Development of the Leishman-Donovan parasite in Cimex rotundatus - Number 31
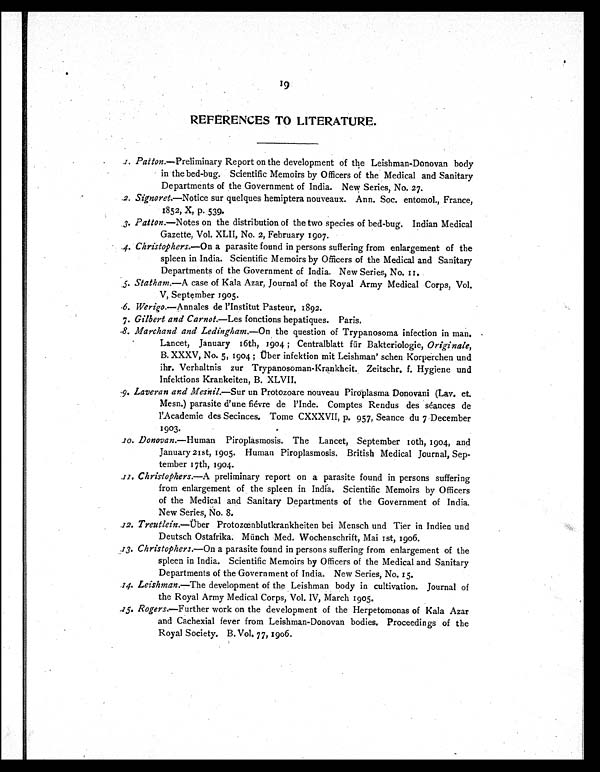
REFERENCES TO LITERATURE.
1 .
P a t t o n . — P r e l i m i n a r y R e p o r t o n t h e d e v e l o p m e n t o f t h e L e i s h m a n - D o n o v a n b o d y
in the bed-bug. Scientific Memoirs by Officers of the Medical and Sanitary
Departments of the Government of India. New Series, No. 27.
2. Signoret.—Notice sur quelques hemiptera nouveaux. Ann. Soc. entomol., France,
1852, X, p. 539.
3. Patton.—Notes on the distribution of the two species of bed-bug. Indian Medical
Gazette, Vol. XLII, No. 2, February 1907.
4. Christophers.—On a parasite found in persons suffering from enlargement of the
spleen in India. Scientific Memoirs by Officers of the Medical and Sanitary
Departments of the Government of India. New Series, No. 11.
5. Statham.—A case of Kala Azar, Journal of the Royal Army Medical Corps, Vol.
V, September 1905.
6. Werigo.—Annales de l'Institut Pasteur, 1892.
7. Gilbert and Carnot.—Les fonctions hepatiques. Paris.
.8. Marchand and Ledingham.—On the question of Trypanosoma infection in man.
Lancet, January 16th, 1904 ; Centralblatt far Bakteriologie, Originale,
B. XXXV, No. 5, 1904 ; Über infektion mit Leishman' schen Korperchen und
ihr. Verhaltnis zur Trypanosoman-Krankheit. Zeitschr. f. Hygiene und
Infektions Krankeiten, B. XLVII.
.9. Laveran and Mesnil.—Suru n P r o t o z o a r e n o u v e a u P i r o p l a s m a D o n o v a n i ( L ay
. e t .
Mesn.) parasite d'une fiévre de l'Inde. Comptes Rendus des seances de
l'Academie des Secinces. Tome CXXXVII, p. 957, Seance du 7 December
1903.
1 0 .D
o n o v a n . — H u m a n P i r o p l a s m o s i s . T h e L a n c e t , S e p t e m b e r l o t h , 1 9 0 4 , a n d
January 2 1st, 1905. Human Piroplasmosis. British Medical Journal, Sep-
tember 17th, 1904.
1 1 .C
h r i s t o p h e r s . — A
p r e l i m i n a r y r e p o r t o n a p a r a s i t e f o u n d i n p e r s o n s s u f f e r i n g
from enlargement of the spleen in India. Scientific Memoirs by Officers
of the Medical and Sanitary Departments of the Government of India.
New Series, No. 8.
12. Treutlein.—Uber Protozcenblutkrankheiten bei Mensch und Tier in Indien und
Deutsch Ostafrika. Munch Med. Wochenschrift, Mai 1st, 1906.
73. Christophers.—On a parasite found in persons suffering from enlargement of the
spleen in India. Scientific Memoirs by Officers of the Medical and Sanitary
Departments of the Government of India. New Series, No. 15.
74. Leishman.—The development of the Leishman body in cultivation. Journal of
the Royal Army Medical Corps, Vol. IV, March 1905.
Rogers.—Further work on the development of the Herpetomonas of Kala Azar
and Cachexial fever from Leishman-Donovan bodies. Proceedings of the
Royal Society. B. Vol. 77, 1906.